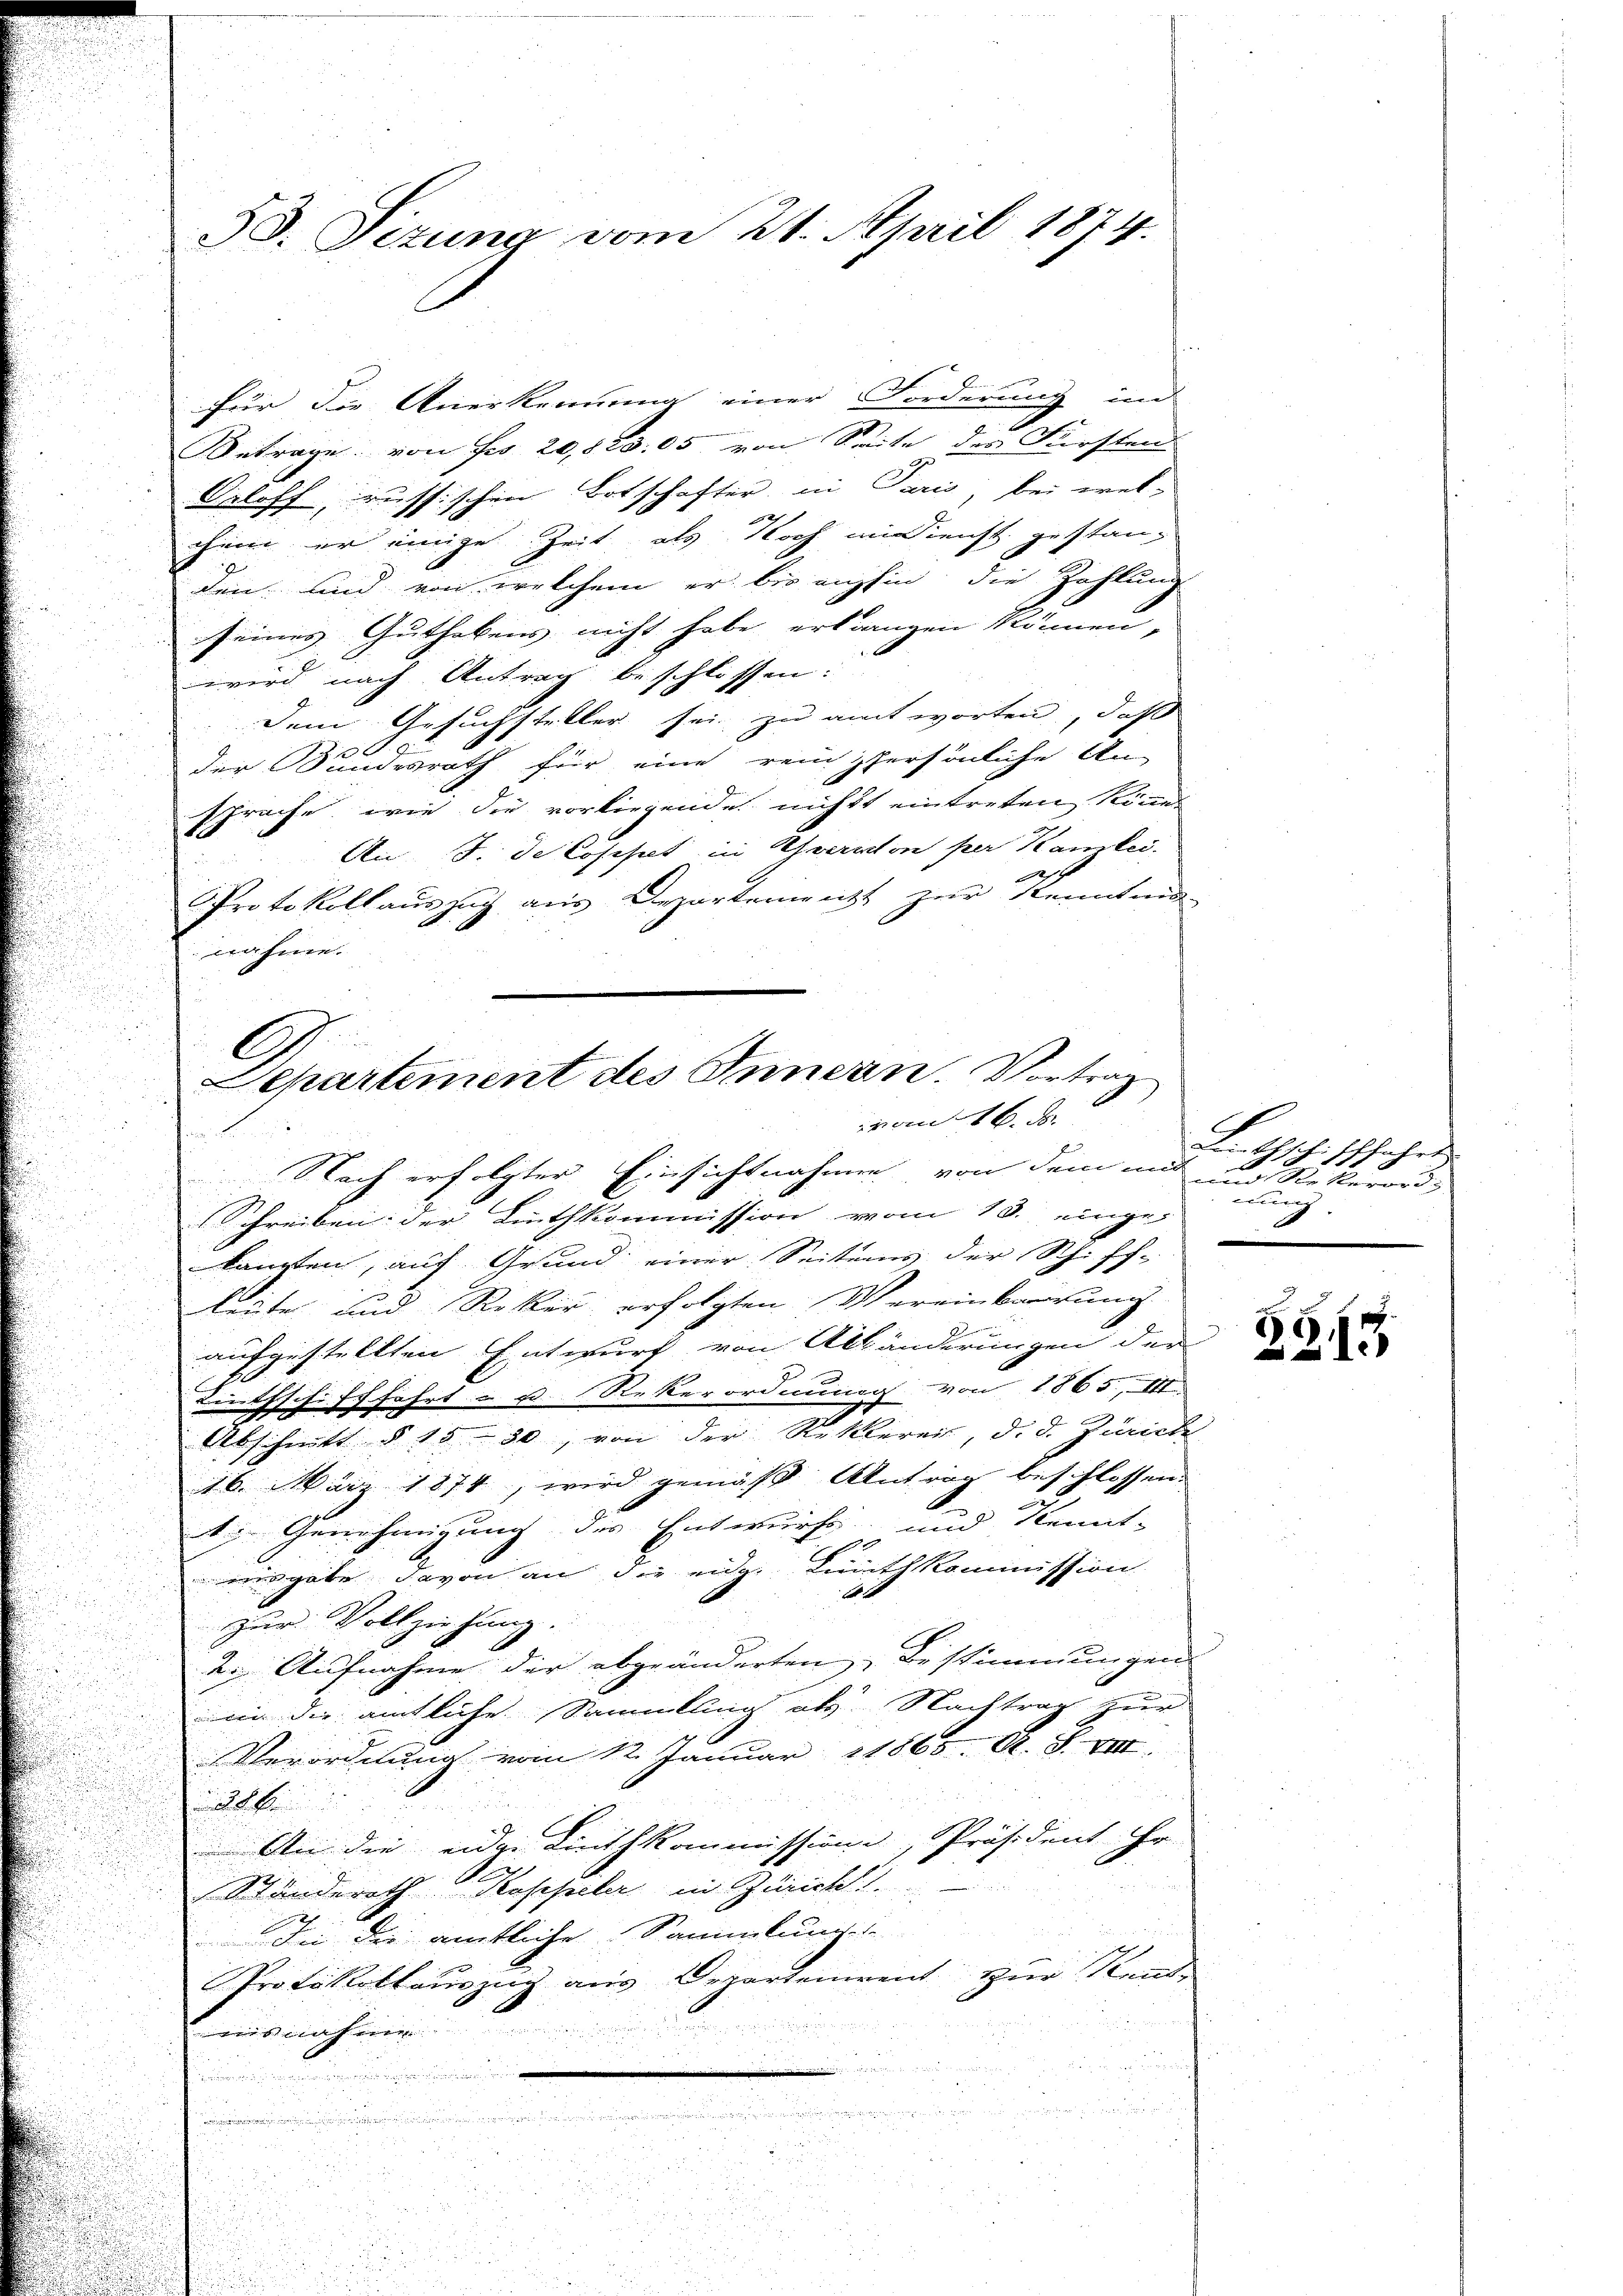
38. Sezung vom 21. April 1874.

für die Anerkennung einer Forderung in
Betrage von Fr. 20,800. 05 von Seite des Fürsten
Geloff, russischen Botschafter, in Paris bei wel-
chem er einige Zeit als Noch addienst gestanz
den und von welchem er bis auchhin, die Zahlung
seines Guthabens nicht habe erlangen können,
wird nach Antrag beschlossen:
Dem Gesuchsteller sei zu antworten, daß
der Sundesrath für eine reinspersönliche An-
sprache, wie die vorliegende nicht eintreten könne.
An J. de Cosest in Thorison per Kanzlei.
Protokollauszug aus Departement zur Kenntnis-
nahme.

C
E
Departement des Innern. Vortrag
von 16. d

Nach erfolgter Einsichtnahmen von dem mit und Stellerord¬
Schreiben der Linthkommission vom 18. einge-
kannten, auf Grund einer Seitens der Schiff-
.
leute und Rekur erfolgten Vereinbaurung
e
aufgestellten Entwurf von Alhänderungen der
Linthschifffahrt- u. Rekerordnung von 1865, III.
Abschnitt § 1550, von der Reklerei, d. d. Zürich
16. März 1874, wird gemäß Antrag beschlossen:
1. Genehmigung des Entwurfe und Kennt-
aisgabe davon an die eidg. Linthkommission
1
zur Vollziehung.
2. Aufnahme der abgeänderten Bestimmungen
win die amtliche Sammlung als Nachtrag zur
Verordnung vom 12. Januar 1865. A. S. VIII.

286
An die eider Linthkommission, Präsident ihr
Ständerath Koppeler in Züricht
In die amtliche Sammlung
Protokollauszug aus Departenirent zur Kenntm nahme
.
.
.

a
u
d

1822
d

Lnthschifffahrt
ung.
n

2
15